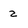
Character: 2